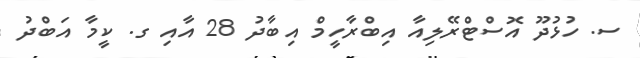
ސ. ހުޅުދޫ އޮސްޓްރޭލިއާ އިބްރާހީމް އިބާދު 28 އާއި ގ. ކީމާ އަބްދު